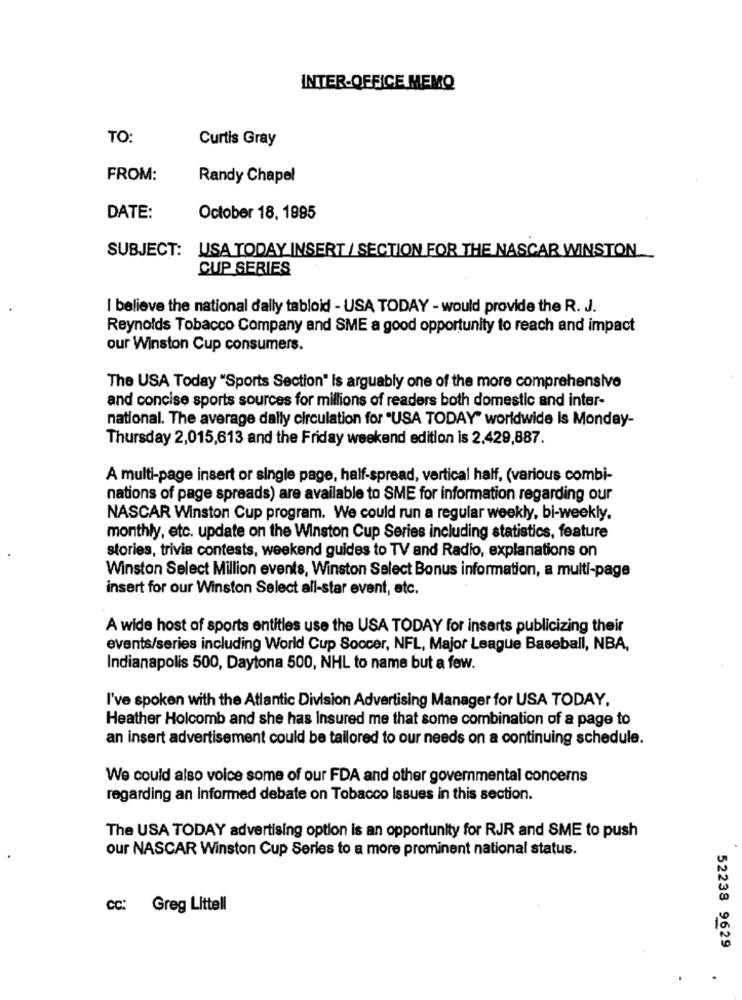
INTER-OFFICE MEMO
TO:
Curtis Gray
FROM:
Randy Chapel
DATE:
October 18, 1995
SUBJECT: USA TODAY INSERT / SECTION FOR THE NASCAR WINSTON_
CUP SERIES
I believe the national d'ally tabloid - USA TODAY - would provide the R. J.
Reynolds Tobacco Company and SME a good opportunity to reach and impact
our Winston Cup consumers.
The USA Today "Sports Section" Is arguably one of the more comprehensive
and concise sports sources for millions of readers both domestic and inter-
national. The average daily circulation for "USA TODAY" worldwide is Monday-
Thursday 2,015,613 and the Friday weekend edition is 2.429,887.
A multi-page insert or single page, half-spread, vertical half, (various combi-
nations of page spreads) are available to SME for information regarding our
NASCAR Winston Cup program. We could run a regular weekly, bi-weekly.
monthly, etc. update on the Winston Cup Series including statistics, feature
stories, trivia contests, weekend guides to TV and Radio, explanations on
Winston Select Million events, Winston Select Bonus information, a multi-page
insert for our Winston Select all-star event, etc.
A wide host of sports entities use the USA TODAY for inserts publicizing their
events/series including World Cup Soccer, NFL, Major League Baseball, NBA,
Indianapolis 500, Daytona 500, NHL to name but a few.
I've spoken with the Atlantic Division Advertising Manager for USA TODAY.
Heather Holcomb and she has Insured me that some combination of a page to
an insert advertisement could be tailored to our needs on a continuing schedule.
We could also voice some of our FDA and other governmental concerns
regarding an Informed debate on Tobacco Issues in this section.
The USA TODAY advertising option is an opportunity for RJR and SME to push
our NASCAR Winston Cup Series to a more prominent national status.
cc: Greg Littell
52238 9629